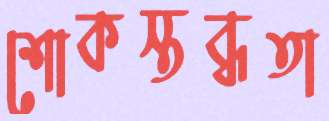
শোকস্তব্ধতা